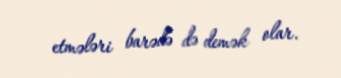
etmələri barədə də demək olar.